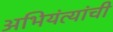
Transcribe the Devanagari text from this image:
अभियंत्यांची